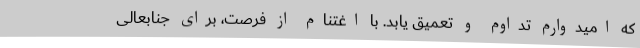
که امیدوارم تداوم و تعمیق یابد. با اغتنام از فرصت، برای جنابعالی